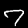
Digit: 7